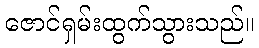
ဇောင်ရှမ်းထွက်သွားသည်။